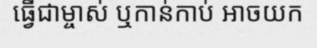
ធ្វើជាម្ចាស់ ឬកាន់កាប់ អាចយក